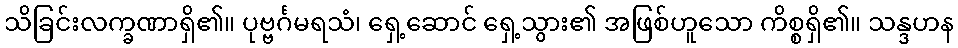
သိခြင်းလက္ခဏာရှိ၏။ ပုဗ္ဗင်္ဂမရသံ၊ ရှေ့ဆောင် ရှေ့သွား၏ အဖြစ်ဟူသော ကိစ္စရှိ၏။ သန္ဒဟန